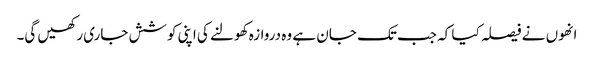
انھوں نے فیصلہ کیا کہ جب تک جان ہے وہ دروازہ کھولنے کی اپنی کوشش جاری رکھیں گی۔